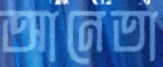
আনেতা